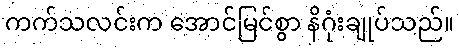
ကက်သလင်းက အောင်မြင်စွာ နိဂုံးချုပ်သည်။